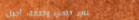
متاجر الذهب والفضة: أجمل